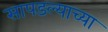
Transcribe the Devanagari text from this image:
सापडल्याच्या